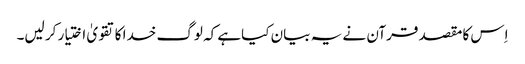
اِس کا مقصد قرآن نے یہ بیان کیاہے کہ لوگ خدا کا تقویٰ اختیار کر لیں۔